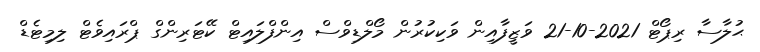
ޙުލާސާ ރިޕޯޓް 2021-10-21 ވަޒީފާއިން ވަކިކުރުން މޯލްޑިވްސް އިންފްލައިޓް ކޭޓަރިންގް ޕްރައިވެޓް ލިމިޓެޑް